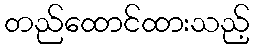
တည်ထောင်ထားသည့်